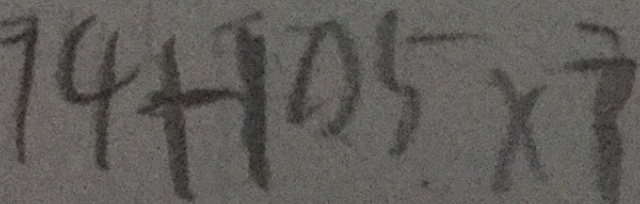
7 4 + 1 0 5 \times 7